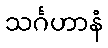
သင်္ဂဟာနံ